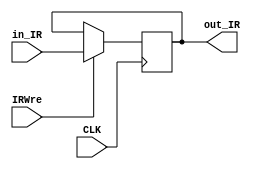
`timescale 1ns / 1ps
//////////////////////////////////////////////////////////////////////////////////
// Company: 
// Engineer: 
// 
// Design Name: 
// Module Name:    IR 
// Project Name: 
// Target Devices: 
// Tool versions: 
// Description: 
//
// Dependencies: 
//
// Revision: 
// Revision 0.01 - File Created
// Additional Comments: 
//
//////////////////////////////////////////////////////////////////////////////////
module IR(CLK, IRWre, in_IR, out_IR);
	input wire CLK, IRWre;
	input wire [31:0] in_IR;
	output reg [31:0] out_IR;
	
	always @(negedge CLK) begin
		if (IRWre)
			out_IR = in_IR;
	end

endmodule